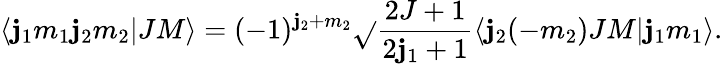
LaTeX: \langle\mathbf{j}_{1}m_{1}\mathbf{j}_{2}m_{2}|JM\rangle=(-1)^{\mathbf{j}_{2}+m_{2}}\sqrt{}{{\frac{{2J+1}}{{2\mathbf{j}_{1}+1}}}}\langle\mathbf{j}_{2}(-m_{2})JM|\mathbf{j}_{1}m_{1}\rangle.